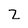
Character: z